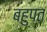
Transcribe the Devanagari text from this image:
बहुपत